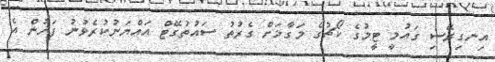
އިނގިރޭސި ގައުމީ ޓީމުގެ ކޯޗުގެ މަގާމަށް ގެރުތު ސައުތުގޭޓް އައްޔަނުކުރެވުނު ފަހުން އެ